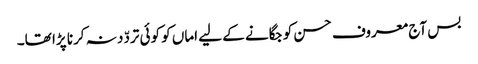
بس آج معروف حسن کو جگانے کے لیے اماں کو کوئی تردّد نہ کرنا پڑا تھا۔